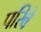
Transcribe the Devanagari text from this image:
परिबे